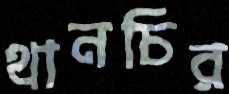
থানচির